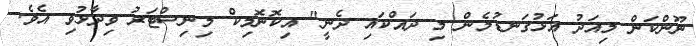
ނޫންކަން މިއަދު އަޅުގަނޑުމެން މި ދައްކައި ދެނީ" އިކޮނޮމިކް މިނިސްޓަރު ވިދާޅުވި އެވެ.